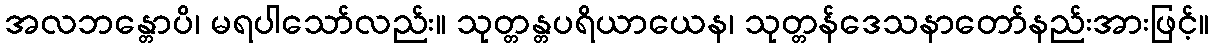
အလဘန္တောပိ၊ မရပါသော်လည်း။ သုတ္တန္တပရိယာယေန၊ သုတ္တန်ဒေသနာတော်နည်းအားဖြင့်။